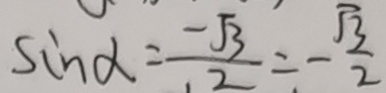
\sin \alpha = \frac { - \sqrt { 3 } } { 2 } = - \frac { \sqrt { 3 } } { 2 }